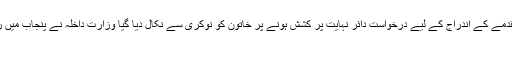
آئی ایس پی آر وفاقی وزیر انوشے رحمان کے خلاف مقدمے کے اندراج کے لیے درخواست دائر نہایت پُر کشش ہونے پر خاتون کو نوکری سے نکال دیا گیا وزارت داخلہ نے پنجاب میں رینجرز کو اختیارات دینے کی باقاعدہ منظوری دے دی
نیب گذشتہ روز ہمارے سامنے وفاقت پا چکا ہے۔